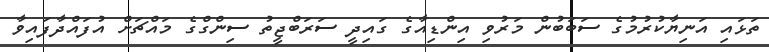
ތަޅައި އަނިޔާކުރުމުގެ ސަބަބުން މަރުވި އިންޑިއާގެ ގައިދީ ސަރަބްޖީތު ސިންގްގެ މައްޗަށް އުފައްދާފައިވާ